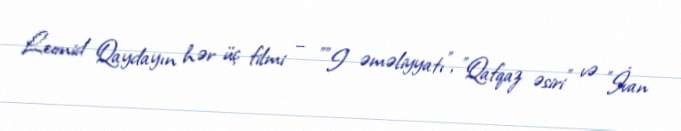
Leonid Qaydayın hər üç filmi – ""I" əməliyyatı", "Qafqaz əsiri" və "İvan